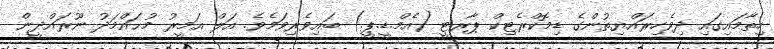
ހިތާމައިގައި ދިވެހިރައްޔިތުންގެ ޑިމޮކްރެޓިކް ޕާރޓީ (އެމް.ޑީ.ޕީ.) ބައިވެރިވަމެވެ. އަލް އަމީރު މުޙައްމަދު ނޫރައްދީން